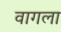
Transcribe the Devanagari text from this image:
वागला